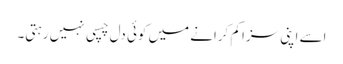
اسے اپنی سزا کم کرانے میں کوئی دل چسپی نہیں رہتی۔